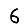
Digit: 6